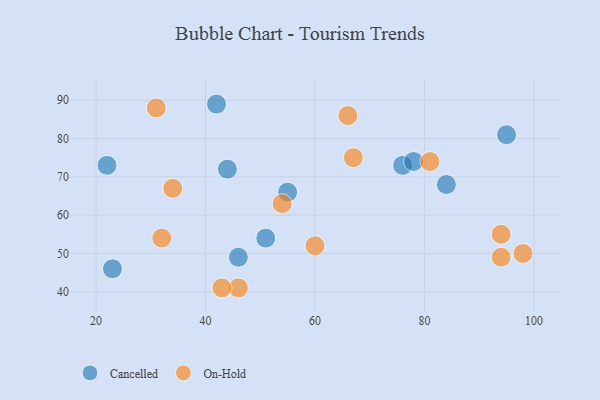
{"axis": {"x": "GDP", "y": "Life Expectancy"}, "legend": ["Cancelled", "On-Hold"], "data": [{"x": "76", "y": 73, "type": "Cancelled"}, {"x": "51", "y": 54, "type": "Cancelled"}, {"x": "95", "y": 81, "type": "Cancelled"}, {"x": "23", "y": 46, "type": "Cancelled"}, {"x": "44", "y": 72, "type": "Cancelled"}, {"x": "46", "y": 49, "type": "Cancelled"}, {"x": "84", "y": 68, "type": "Cancelled"}, {"x": "22", "y": 73, "type": "Cancelled"}, {"x": "78", "y": 74, "type": "Cancelled"}, {"x": "42", "y": 89, "type": "Cancelled"}, {"x": "55", "y": 66, "type": "Cancelled"}, {"x": "67", "y": 75, "type": "On-Hold"}, {"x": "46", "y": 41, "type": "On-Hold"}, {"x": "94", "y": 55, "type": "On-Hold"}, {"x": "81", "y": 74, "type": "On-Hold"}, {"x": "60", "y": 52, "type": "On-Hold"}, {"x": "34", "y": 67, "type": "On-Hold"}, {"x": "32", "y": 54, "type": "On-Hold"}, {"x": "43", "y": 41, "type": "On-Hold"}, {"x": "98", "y": 50, "type": "On-Hold"}, {"x": "66", "y": 86, "type": "On-Hold"}, {"x": "31", "y": 88, "type": "On-Hold"}, {"x": "54", "y": 63, "type": "On-Hold"}, {"x": "94", "y": 49, "type": "On-Hold"}]}